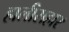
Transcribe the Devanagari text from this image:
हालीसहार